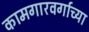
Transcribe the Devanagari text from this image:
कामगारवर्गाच्या